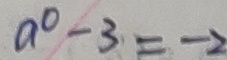
a ^ { 0 } - 3 = - 2